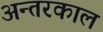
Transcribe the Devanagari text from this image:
अन्तरकाल